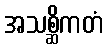
အသစ္ဆိကတံ